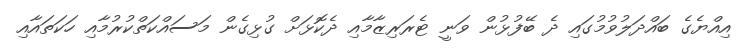
އިއްޔެގެ ބައްދަލުވުމުގައި ދެ ބޭފުޅުން ވަނީ ޓެރަރިޒާމާއި ދެކޮޅަށް ގުޅިގެން މަސައްކަތްކުރުމާއި ހަކަތައާއި